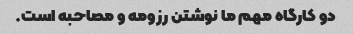
دو کارگاه مهم ما نوشتن رزومه و مصاحبه است.